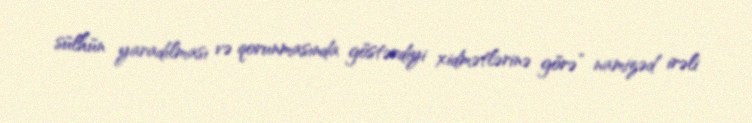
sülhün yaradılması və qorunmasında göstərdiyi xidmətlərinə görə” namizəd irəli